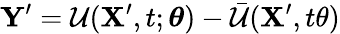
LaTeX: \mathbf{\boldsymbol{Y}}^{\prime}=\mathcal{U}(\mathbf{\boldsymbol{X}}^{\prime},t;\mathbf{\boldsymbol{\theta}})-\bar{\mathcal{U}}(\mathbf{\boldsymbol{X}}^{\prime},t\theta)